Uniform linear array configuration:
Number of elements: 16
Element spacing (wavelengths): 0.75
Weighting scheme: uniform
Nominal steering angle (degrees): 30
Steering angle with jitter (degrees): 30.054
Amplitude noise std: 0.05
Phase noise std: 0.05

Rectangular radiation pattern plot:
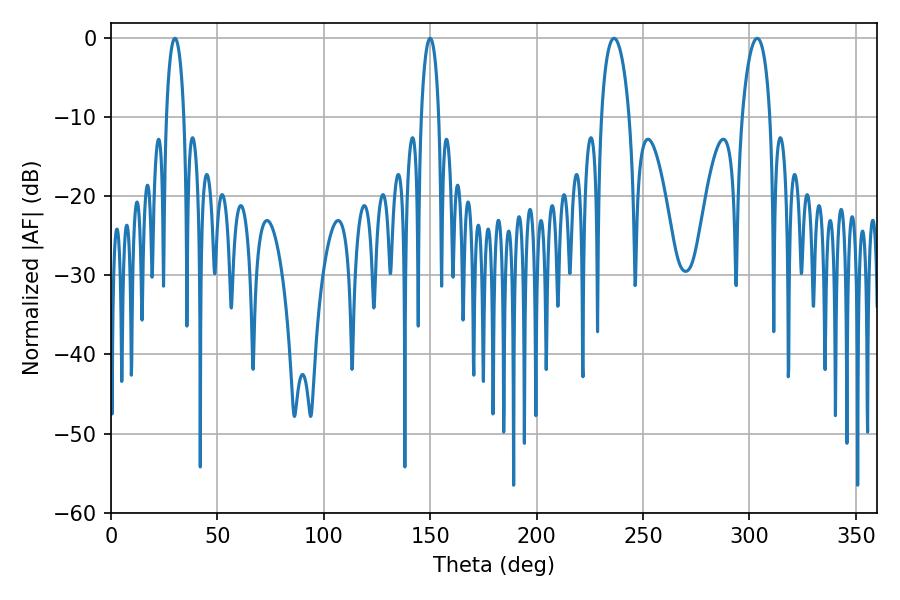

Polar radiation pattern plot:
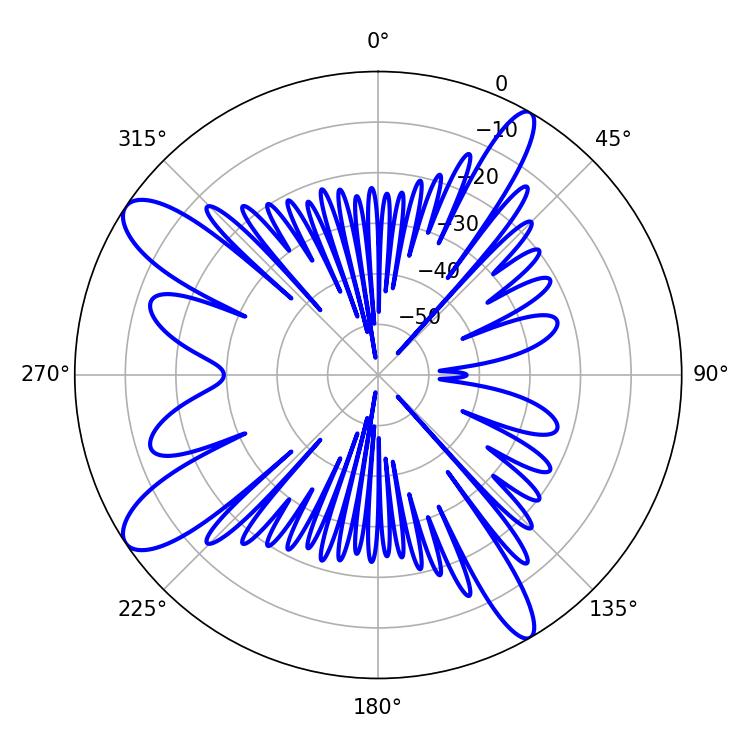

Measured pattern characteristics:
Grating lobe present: TRUE
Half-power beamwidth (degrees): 4.68
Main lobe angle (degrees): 30.06